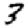
Digit: 3